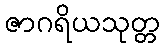
ဇာဂရိယသုတ္တ